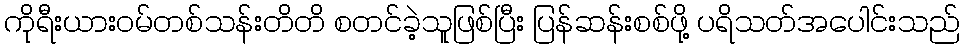
ကိုရီးယားဝမ်တစ်သန်းတိတိ စတင်ခဲ့သူဖြစ်ပြီး ပြန်ဆန်းစစ်ဖို့ ပရိသတ်အပေါင်းသည်